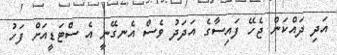
އަދި ދައްކަން ޖެހޭ ފައިސާގެ އަދަދު ވެސް އެނގޭނީ އެ ސްޓަޑީއަށް ފަހު